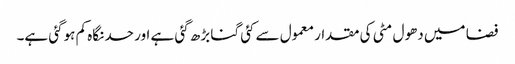
فضا میں دھول مٹی کی مقدار معمول سے کئی گنا بڑھ گئی ہے اور حد نگاہ کم ہوگئی ہے۔